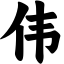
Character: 伟